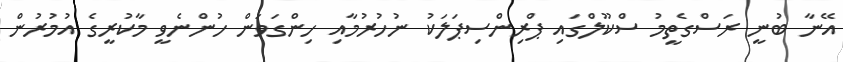
އޭނާ ބުނީ ރަސްގެތީމު ސްކޫލްގައި ޕްރިންސިޕަލަކު ނުހުރުމާއި ހިންގަވަން ހުންނެވީ މާކުރީގެ އުމުރުން